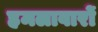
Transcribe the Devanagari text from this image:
हमलावारों